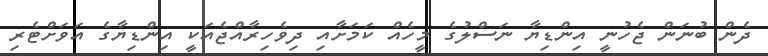
ދެން ބުނަން ޖެހުނީ އިންޑިޔާ ނަސްލުގެ މީހެއް ކަމަށާއި ދިވެހިރާއްޖެއަކީ އިންޑިޔާގެ އަވަށްޓެރި